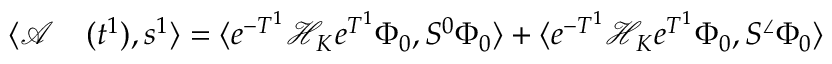
\begin{array} { r l } { \langle \mathcal { A } } & { { } ( t ^ { 1 } ) , s ^ { 1 } \rangle = \langle e ^ { - T ^ { 1 } } \mathcal { H } _ { K } e ^ { T ^ { 1 } } \Phi _ { 0 } , S ^ { 0 } \Phi _ { 0 } \rangle + \langle e ^ { - T ^ { 1 } } \mathcal { H } _ { K } e ^ { T ^ { 1 } } \Phi _ { 0 } , S ^ { \angle } \Phi _ { 0 } \rangle } \end{array}